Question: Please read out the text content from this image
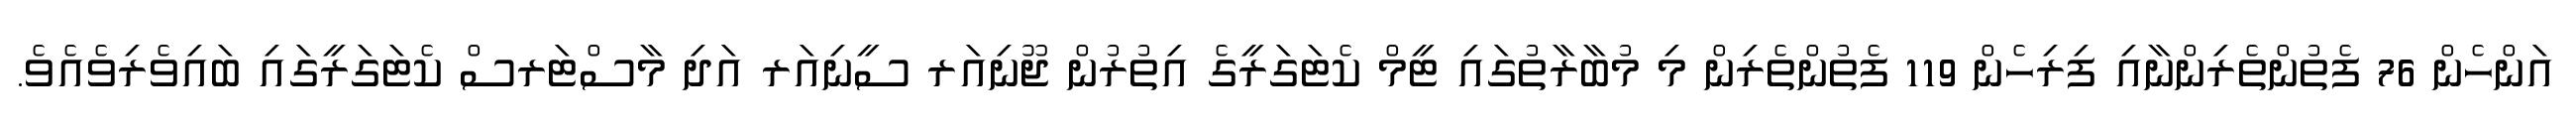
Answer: އަންހެން 76 ފެތުންތެރިންނާއި ފިރިހެން 119 ފެތުންތެރިން މި މުބާރާތުގައި ޓީމް ކެޓަގަރީގެ އިތުރުން ޖޫނިއަރ ސީނިއަރ އަދި މާސްޓަރސް ކެޓަގަރީގައި ބައިވެރިވެއެވެ.